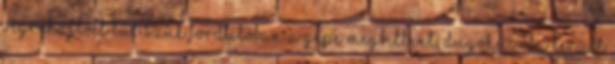
végrehajtott túl szűk fordulóban a gépe megbillent, dugóhúzóba került